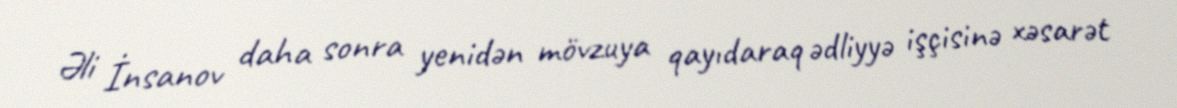
Əli İnsanov daha sonra yenidən mövzuya qayıdaraq ədliyyə işçisinə xəsarət